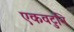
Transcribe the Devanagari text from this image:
एकवटुनि